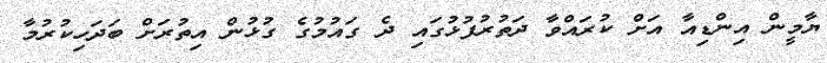
ޔާމީން އިންޑިއާ އަށް ކުރައްވާ ދަތުރުފުޅުގައި ދެ ގައުމުގެ ގުޅުން އިތުރަށް ބަދަހިކުރުމާ